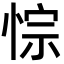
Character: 悰